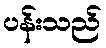
ပန်းသည်